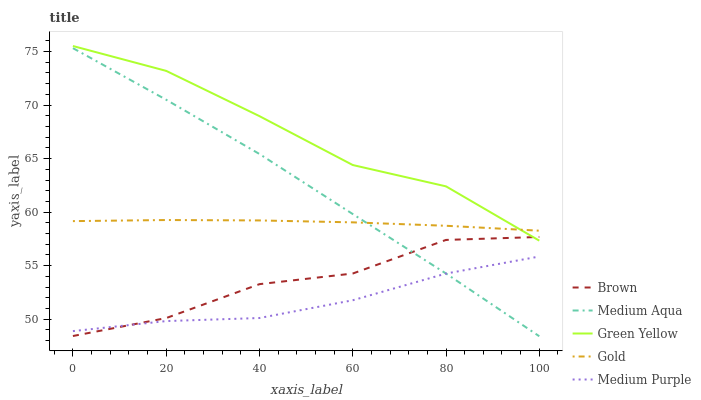
| xaxis_label | Brown | Medium Aqua | Green Yellow | Gold | Medium Purple |
 | --- | --- | --- | --- | --- | --- |
 | 0 | 48.4 | 75.3 | 75.5 | 59.2 | 48.9 |
 | 20 | 50.1 | 70.5 | 73.2 | 59.3 | 49.8 |
 | 40 | 53.3 | 65.4 | 69 | 59.2 | 50.1 |
 | 60 | 54.3 | 59.8 | 64.4 | 59 | 51.8 |
 | 80 | 57.4 | 54.3 | 62.4 | 58.7 | 54.3 |
 | 100 | 57.7 | 48.4 | 57.3 | 58.3 | 55.9 |